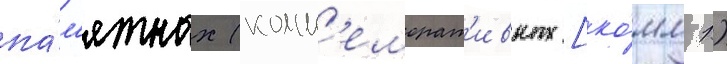
па́м'ятных (комм'еморат'ивных [ко́мм 1)